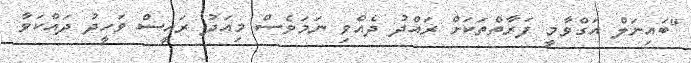
"ބައިނަލް އަގްވާމީ ފަރާތްތަކަށް ރައްދު ދެއްވި ނަމަވެސް މިއަދު ރައީސް ވަހީދު ދައްކަވާ